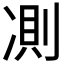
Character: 𠗧